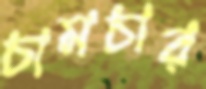
চামচার